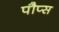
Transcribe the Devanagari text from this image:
पौप्स